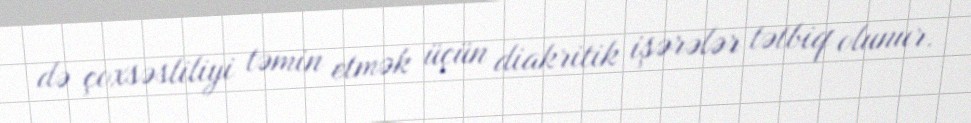
də çoxsəsliliyi təmin etmək üçün diakritik işərələr tətbiq olunur.